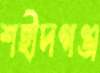
শহীদগঞ্জ